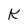
Character: K